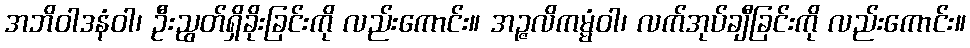
အဘိဝါဒနံဝါ၊ ဦးညွတ်ရှိခိုးခြင်းကို လည်းကောင်း။ အဉ္ဇလိကမ္မံဝါ၊ လက်အုပ်ချီခြင်းကို လည်းကောင်း။